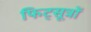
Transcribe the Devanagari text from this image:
फिट्सूत्रों